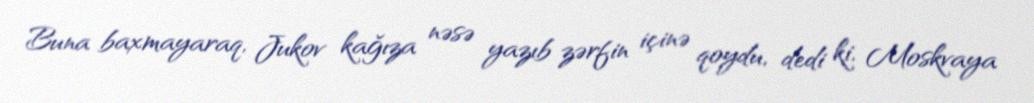
Buna baxmayaraq, Jukov kağıza nəsə yazıb zərfin içinə qoydu, dedi ki, Moskvaya